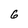
Character: 6